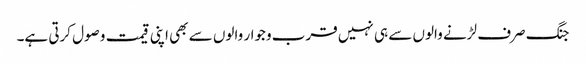
جنگ صرف لڑنے والوں سے ہی نہیں قرب وجوار والوں سے بھی اپنی قیمت وصول کرتی ہے۔